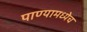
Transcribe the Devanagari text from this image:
पाण्यामध्येच